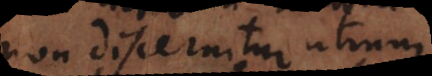
non discernitur utrum